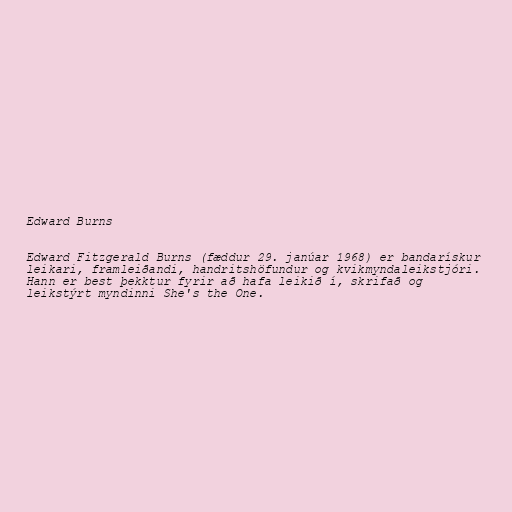
Edward Burns

Edward Fitzgerald Burns (fæddur 29. janúar 1968) er bandarískur
leikari, framleiðandi, handritshöfundur og kvikmyndaleikstjóri.
Hann er best þekktur fyrir að hafa leikið í, skrifað og
leikstýrt myndinni She's the One.